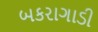
બકરાગાડી